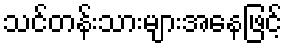
သင်တန်းသားများအနေဖြင့်